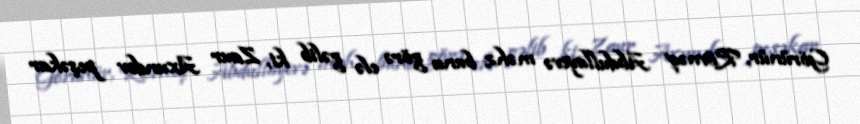
Görünür, Rövnəq Abdullayevə məhz buna görə elə gəlib ki, Zaur Axundov peşəkar